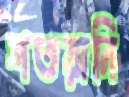
শতরানি